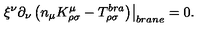
\left. \xi ^ { \nu } \partial _ { \nu } \left( n _ { \mu } K _ { \rho \sigma } ^ { \mu } - T _ { \rho \sigma } ^ { b r a } \right) \right| _ { b r a n e } = 0 .